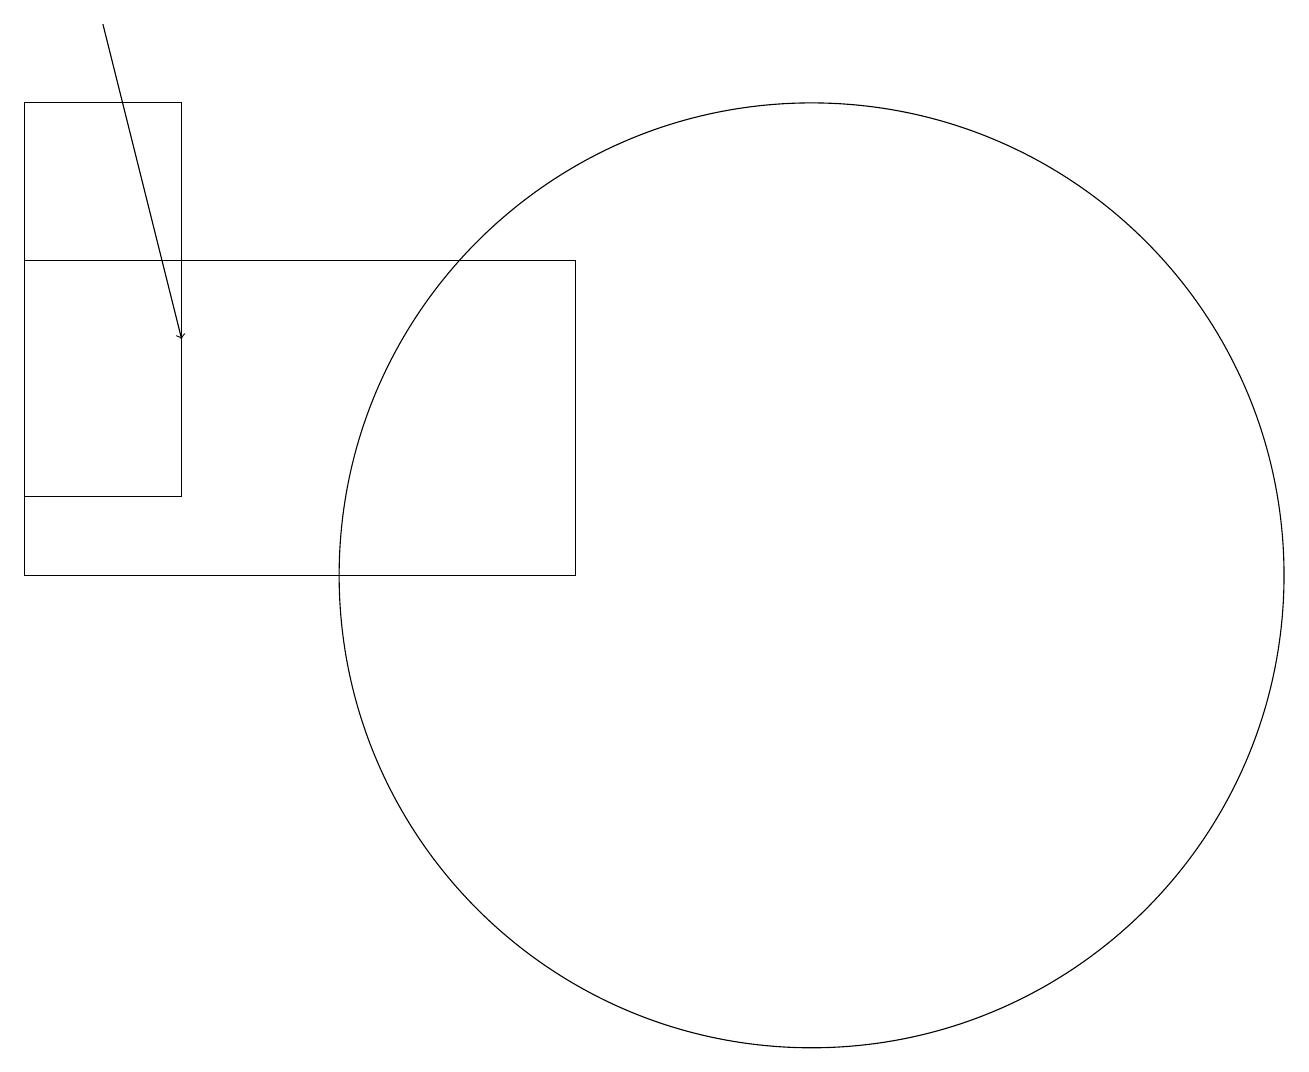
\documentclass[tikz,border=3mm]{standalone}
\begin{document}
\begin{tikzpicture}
\draw[->] (1,18) -- (2,14);
\draw (0,11) rectangle (7,15);
\draw (0,12) rectangle (2,17);
\draw (10,11) circle (6);
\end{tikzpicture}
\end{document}